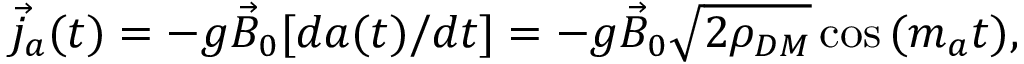
\begin{array} { r } { \vec { j } _ { a } ( t ) = - g \vec { B } _ { 0 } [ d a ( t ) / d t ] = - g \vec { B } _ { 0 } \sqrt { 2 \rho _ { D M } } \cos { ( m _ { a } t ) } , } \end{array}